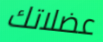
عضلاتك